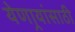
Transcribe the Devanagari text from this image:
येणार्‍यांसाठी